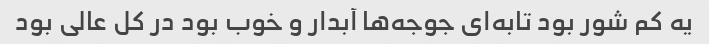
یه کم شور بود تابه‌ای جوجه‌ها آبدار و خوب بود در کل عالی بود